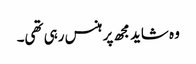
وہ شاید مجھ پر ہنس رہی تھی۔